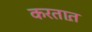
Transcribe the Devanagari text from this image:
करतात़